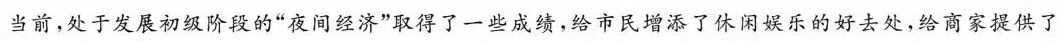
当前，处于发展初级阶段的”夜间经济”取得了一些成绩，给市民增添了休闲娱乐的好去处，给商家提供了